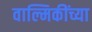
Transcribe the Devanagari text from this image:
वाल्मिकींच्या